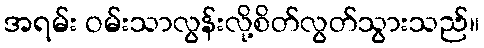
အရမ်း ဝမ်းသာလွန်းလို့စိတ်လွတ်သွားသည်။